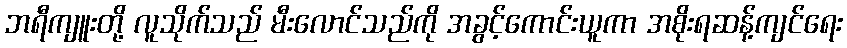
ဘရီကျူးတို့ လူသိုက်သည် မီးလောင်သည်ကို အခွင့်ကောင်းယူကာ အစိုးရဆန့်ကျင်ရေး